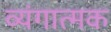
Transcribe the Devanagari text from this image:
व्‍यंगात्‍मक